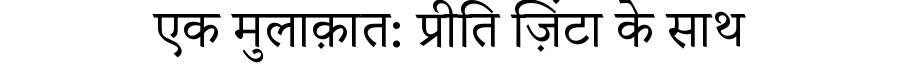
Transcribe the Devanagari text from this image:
एक मुलाक़ात: प्रीति ज़िंटा के साथ